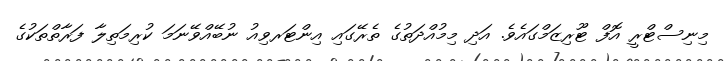
މިނިސްޓްރީ އޮފް ޓޫރިޒަމްގައެވެ. އަދި މިމުއްދަތުގެ ތެރޭގައި އިންޓަރވިއު ނުބޭއްވޭނަމަ ކުރިމަތިލާ ފަރާތްތަކުގެ